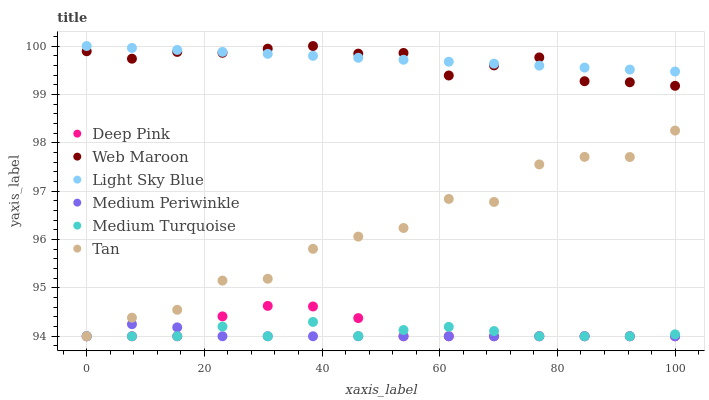
| xaxis_label | Deep Pink | Web Maroon | Light Sky Blue | Medium Periwinkle | Medium Turquoise | Tan |
 | --- | --- | --- | --- | --- | --- | --- |
 | 0 | 94 | 99.9 | 100 | 94 | 94 | 94 |
 | 7.69 | 94 | 99.7 | 100 | 94.2 | 94 | 94.4 |
 | 15.4 | 94 | 99.9 | 99.9 | 94.2 | 94 | 94.5 |
 | 23.1 | 94.4 | 99.9 | 99.9 | 94 | 94.2 | 95.2 |
 | 30.8 | 94.6 | 99.9 | 99.8 | 94 | 94 | 95.2 |
 | 38.5 | 94.6 | 100 | 99.8 | 94 | 94.3 | 95.8 |
 | 46.2 | 94.4 | 99.8 | 99.8 | 94 | 94 | 96.1 |
 | 53.8 | 94 | 99.9 | 99.7 | 94 | 94.1 | 96.2 |
 | 61.5 | 94 | 99.4 | 99.7 | 94 | 94.2 | 96.8 |
 | 69.2 | 94 | 99.6 | 99.6 | 94 | 94.1 | 96.8 |
 | 76.9 | 94 | 99.8 | 99.6 | 94 | 94 | 97.6 |
 | 84.6 | 94 | 99.3 | 99.6 | 94 | 94 | 97.7 |
 | 92.3 | 94 | 99.3 | 99.5 | 94 | 94 | 97.7 |
 | 100 | 94 | 99.2 | 99.5 | 94 | 94 | 98.3 |